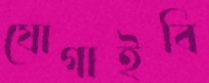
যোগাইবি